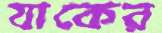
যাকের